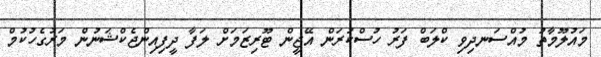
މައުލޫމާތު މުއްސަނދިވި ކްލަބް ފަރު ހުސްކުރަން އޭޖީން ޓޫރިޒަމަށް ލަފާ ދީފިއިންޖެކްޝަނުން މަރުގެހުކުމް